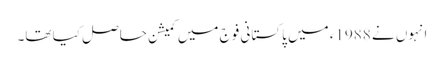
انہوں نے 1988ء میں پاکستانی فوج میں کمیشن حاصل کیا تھا۔